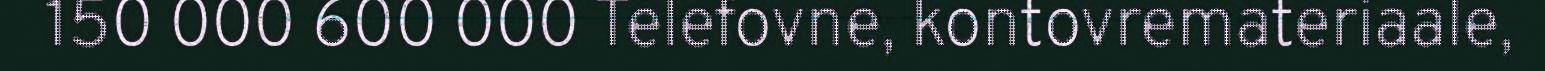
150 000 600 000 Telefovne, kontovremateriaale,